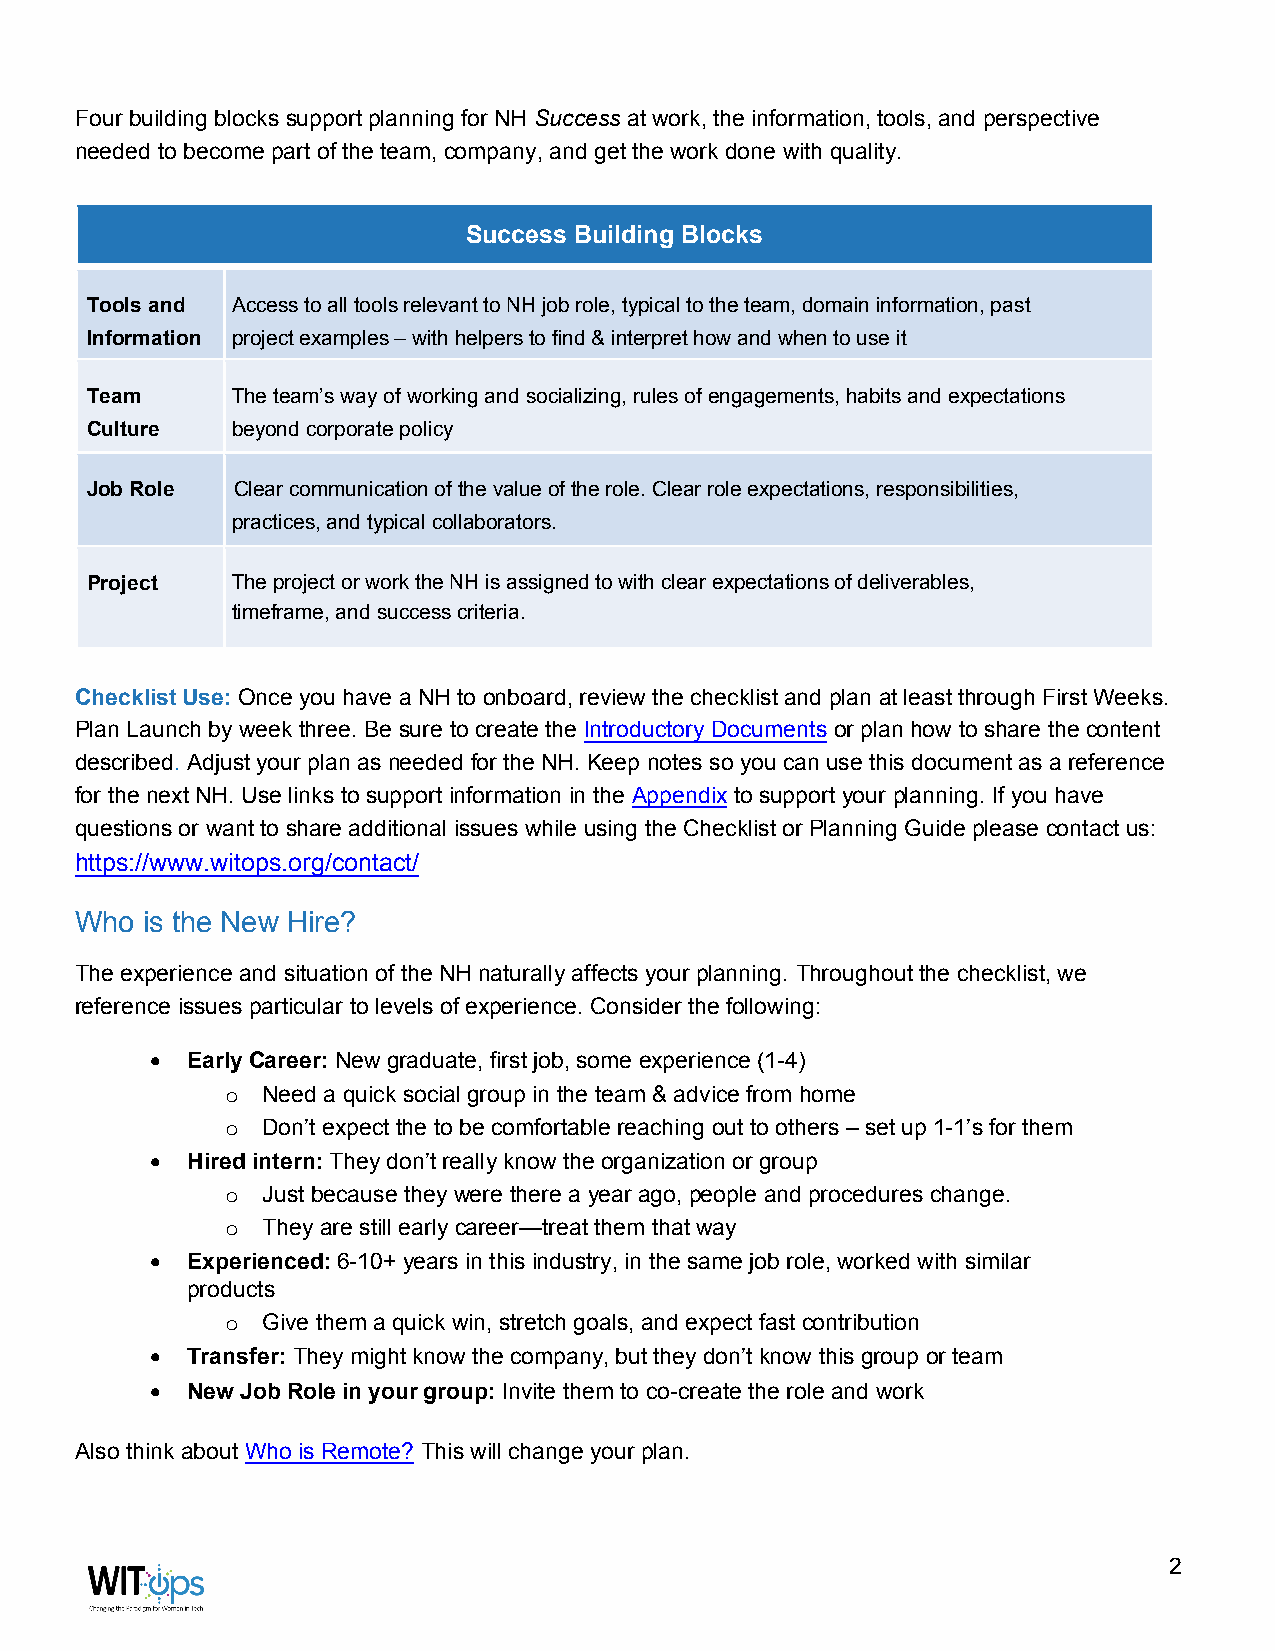
Four building blocks support planning for NH Success at work, the information, tools, and perspective
 needed to become part of the team, company, and get the work done with quality.
 Success Building Blocks
 Tools and Access to all tools relevant to NH job role, typical to the team, domain information, past
 Information project examples – with helpers to find & interpret how and when to use it
 Team     The team’s way of working and socializing, rules of engagements, habits and expectations
 Culture  beyond corporate policy
 Job Role  Clear communication of the value of the role. Clear role expectations, responsibilities,
 practices, and typical collaborators.
 Project  The project or work the NH is assigned to with clear expectations of deliverables,
 timeframe, and success criteria.
 Checklist Use: Once you have a NH to onboard, review the checklist and plan at least through First Weeks.
 Plan Launch by week three. Be sure to create the Introductory Documents or plan how to share the content
 described. Adjust your plan as needed for the NH. Keep notes so you can use this document as a reference
 for the next NH. Use links to support information in the Appendix to support your planning. If you have
 questions or want to share additional issues while using the Checklist or Planning Guide please contact us:
 https://www.witops.org/contact/
 Who is the New Hire?
 The experience and situation of the NH naturally affects your planning. Throughout the checklist, we
 reference issues particular to levels of experience. Consider the following:
 • Early Career: New graduate, first job, some experience (1-4)
 Need a quick social group in the team & advice from home
 o
 Don’t expect the to be comfortable reaching out to others – set up 1-1’s for them
 o
 • Hired intern: They don’t really know the organization or group
 Just because they were there a year ago, people and procedures change.
 o
 They are still early career—treat them that way
 o
 • Experienced: 6-10+ years in this industry, in the same job role, worked with similar
 products
 Give them a quick win, stretch goals, and expect fast contribution
 o
 • Transfer: They might know the company, but they don’t know this group or team
 • New Job Role in your group: Invite them to co-create the role and work
 Also think about Who is Remote? This will change your plan.
 2